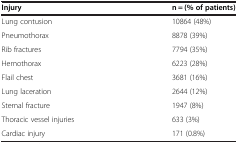
<table><thead><tr><td><b>Injury</b></td><td><b>n = (% of patients)</b></td></tr></thead><tbody><tr><td>Lung contusion</td><td>10864 (48%)</td></tr><tr><td>Pneumothorax</td><td>8878 (39%)</td></tr><tr><td>Rib fractures</td><td>7794 (35%)</td></tr><tr><td>Hemothorax</td><td>6223 (28%)</td></tr><tr><td>Flail chest</td><td>3681 (16%)</td></tr><tr><td>Lung laceration</td><td>2644 (12%)</td></tr><tr><td>Sternal fracture</td><td>1947 (8%)</td></tr><tr><td>Thoracic vessel injuries</td><td>633 (3%)</td></tr><tr><td>Cardiac injury</td><td>171 (0.8%)</td></tr></tbody></table>